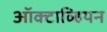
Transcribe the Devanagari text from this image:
ऑक्टाव्हियन